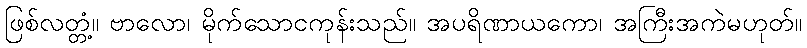
ဖြစ်လတ္တံ့။ ဗာလော၊ မိုက်သောငကုန်းသည်။ အပရိဏာယကော၊ အကြီးအကဲမဟုတ်။